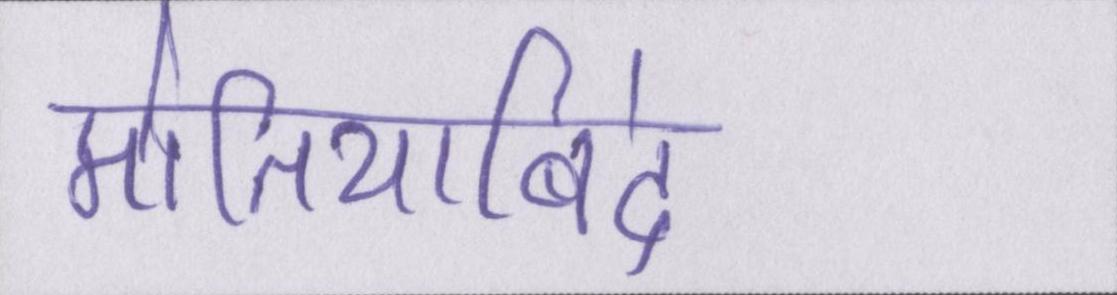
मोतियाबिंद